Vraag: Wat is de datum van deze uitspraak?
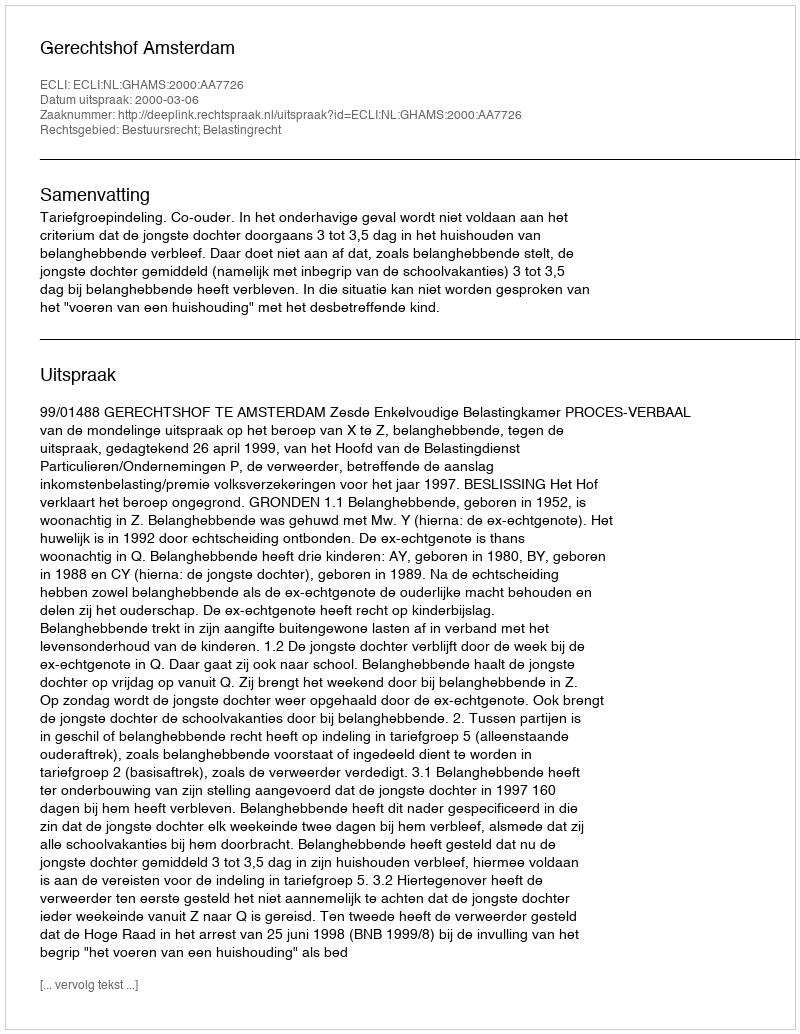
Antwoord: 2000-03-06